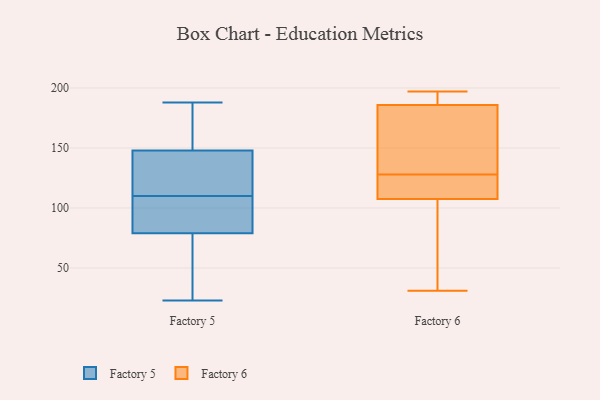
{"axis": {"x": "Operating Costs (USD K)", "y": "Value"}, "legend": ["Factory 5", "Factory 6"], "data": [{"x": "", "y": 161, "type": "Factory 5"}, {"x": "", "y": 103, "type": "Factory 5"}, {"x": "", "y": 120, "type": "Factory 5"}, {"x": "", "y": 175, "type": "Factory 5"}, {"x": "", "y": 71, "type": "Factory 5"}, {"x": "", "y": 23, "type": "Factory 5"}, {"x": "", "y": 110, "type": "Factory 5"}, {"x": "", "y": 98, "type": "Factory 5"}, {"x": "", "y": 110, "type": "Factory 5"}, {"x": "", "y": 128, "type": "Factory 5"}, {"x": "", "y": 79, "type": "Factory 5"}, {"x": "", "y": 93, "type": "Factory 5"}, {"x": "", "y": 188, "type": "Factory 5"}, {"x": "", "y": 70, "type": "Factory 5"}, {"x": "", "y": 41, "type": "Factory 5"}, {"x": "", "y": 165, "type": "Factory 5"}, {"x": "", "y": 112, "type": "Factory 5"}, {"x": "", "y": 148, "type": "Factory 5"}, {"x": "", "y": 119, "type": "Factory 6"}, {"x": "", "y": 50, "type": "Factory 6"}, {"x": "", "y": 146, "type": "Factory 6"}, {"x": "", "y": 113, "type": "Factory 6"}, {"x": "", "y": 91, "type": "Factory 6"}, {"x": "", "y": 184, "type": "Factory 6"}, {"x": "", "y": 31, "type": "Factory 6"}, {"x": "", "y": 197, "type": "Factory 6"}, {"x": "", "y": 39, "type": "Factory 6"}, {"x": "", "y": 194, "type": "Factory 6"}, {"x": "", "y": 134, "type": "Factory 6"}, {"x": "", "y": 197, "type": "Factory 6"}, {"x": "", "y": 122, "type": "Factory 6"}, {"x": "", "y": 191, "type": "Factory 6"}, {"x": "", "y": 122, "type": "Factory 6"}, {"x": "", "y": 128, "type": "Factory 6"}, {"x": "", "y": 145, "type": "Factory 6"}]}